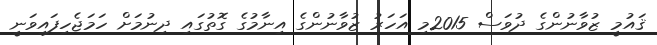
ޤައުމީ ޒުވާނުންގެ ދުވަސް 2015މި އަހަރު ޒުވާނުންގެ އިނާމުގެ ގޮތުގައި ދިނުމަށް ހަމަޖެހިފައިވަނީ